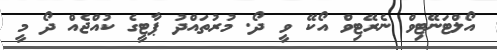
އޯލްޓަނޭޓިވް ނެރޭޓިވް އޯކޭ ވީ ދޯ. މުރުތައްދު ޕާޓީގެ ކުއްޖެއް ދޯ މީ